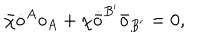
\bar { \chi } \dot { o } ^ { A } o _ { A } + \chi \dot { \bar { o } } ^ { B ^ { \prime } } \bar { o } _ { B ^ { \prime } } = 0 ,